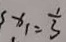
x _ { 1 } = \frac { 1 } { 3 }